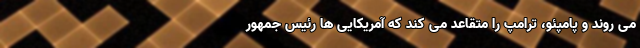
می روند و پامپئو، ترامپ را متقاعد می کند که آمریکایی ها رئیس جمهور